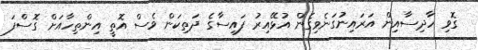
ގޮވި ހާދިސާއިން އަރައިނުގަނެވިގެން އުޅޭއިރު ފައިސާގެ ދަތިކަން ވެސް އޮތީ އިންތިހާއަށް ގޮސްފަ